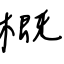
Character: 概